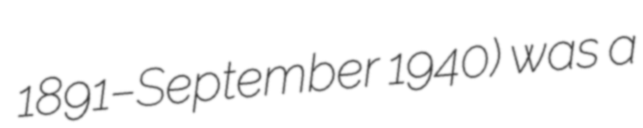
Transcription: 1891–September 1940) was a